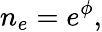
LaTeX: n_{e}=e^{\phi},